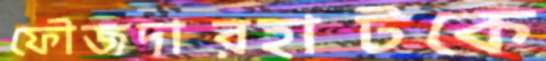
ফৌজদারহাটকে